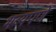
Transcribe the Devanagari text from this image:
भव्यपणे